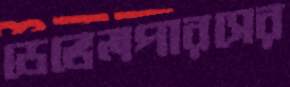
ডেভেলপারসের